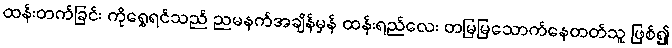
ထန်းတက်ခြင်း ကိုရွှေရင်သည် ညမနက်အချိန်မှန် ထန်းရည်လေး တမြမြသောက်နေတတ်သူ ဖြစ်၍